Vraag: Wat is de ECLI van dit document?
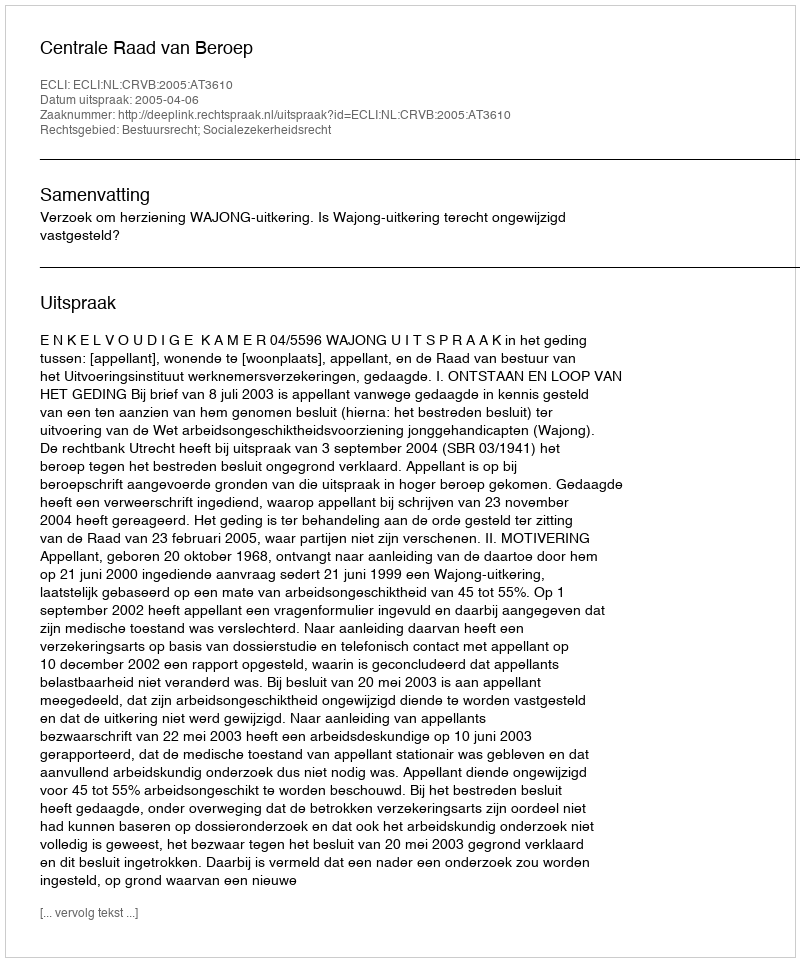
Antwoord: ECLI:NL:CRVB:2005:AT3610